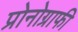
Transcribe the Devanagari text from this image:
प्रोनोग्राफी